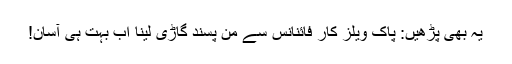
یہ بھی پڑھیں: پاک ویلز کار فائنانس سے من پسند گاڑی لینا اب بہت ہی آسان!